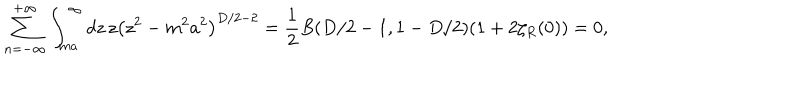
\sum _ { n = - \infty } ^ { + \infty } \int _ { m a } ^ { \infty } d z \, z \left( z ^ { 2 } - m ^ { 2 } a ^ { 2 } \right) ^ { D / 2 - 2 } = \frac { 1 } { 2 } B ( D / 2 - 1 , 1 - D / 2 ) ( 1 + 2 \zeta _ { R } ( 0 ) ) = 0 ,